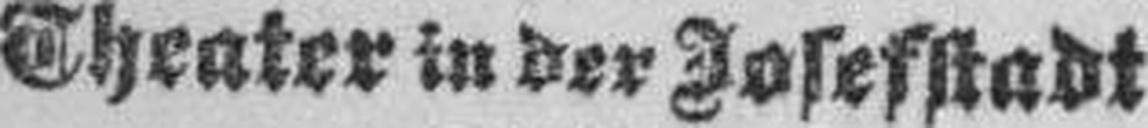
Theater in der Josefstadt